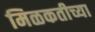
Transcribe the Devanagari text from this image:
मिळकतीच्या